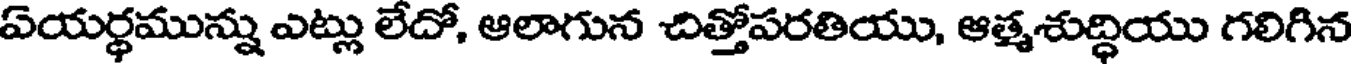
ఏయర్థమున్ను ఎట్లు లేదో, ఆలాగున చిత్తోపరతియు, ఆత్మశుద్ధియు గలిగిన